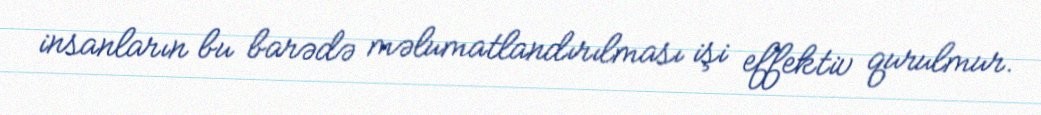
insanların bu barədə məlumatlandırılması işi effektiv qurulmur.